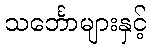
သင်္ဘောများနှင့်